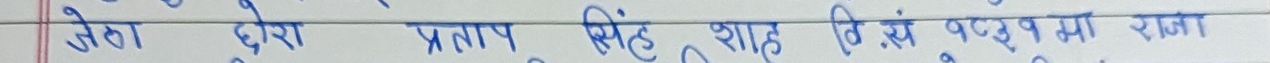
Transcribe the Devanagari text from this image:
जेठा छोरा प्रताप सिंह शाह वि.सं. १८५९ राजा